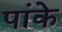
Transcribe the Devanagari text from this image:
पांके